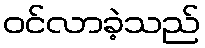
ဝင်လာခဲ့သည်